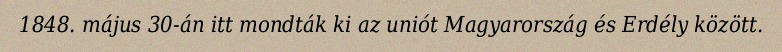
1848. május 30-án itt mondták ki az uniót Magyarország és Erdély között.